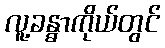
လူ့ခန္ဓာကိုယ်တွင်